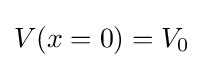
V(x=0)=V_{0}